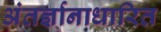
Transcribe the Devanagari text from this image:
अंतर्ज्ञानाधारित